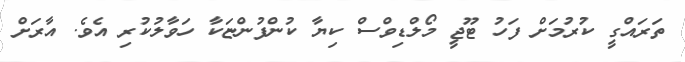
ތަރައްގީ ކުރުމަށް ފަހު ޓޫޖީ މޯލްޑިވްސް ކިޔާ ކުންފުންޏަކާ ހަވާލުކުރި އެވެ. އާރަށް